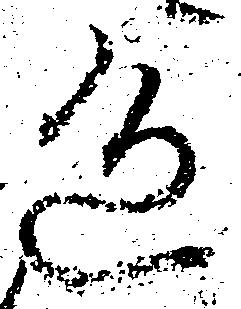
辺